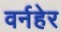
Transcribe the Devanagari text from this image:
वर्नहेर